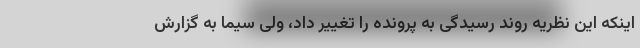
اینکه این نظریه روند رسیدگی به پرونده را تغییر داد، ولی سیما به گزارش